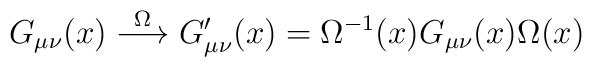
G_{\mu\nu}(x) \stackrel{\Omega}{\longrightarrow} G'_{\mu\nu}(x) = \Omega^{-1}(x) G_{\mu\nu}(x) \Omega(x)